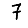
Digit: 7